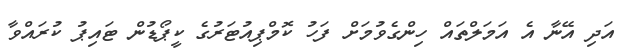
އަދި އޭނާ އެ އަމަލްތައް ހިންގެވުމަށް ފަހު ކޮމްޕިއުޓަރުގެ ކީޕޯޑުން ޓައިޕު ކުރައްވާ